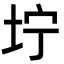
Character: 坾